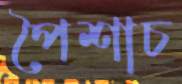
পৈশাচ